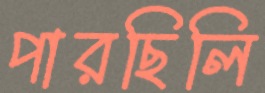
পারছিলি